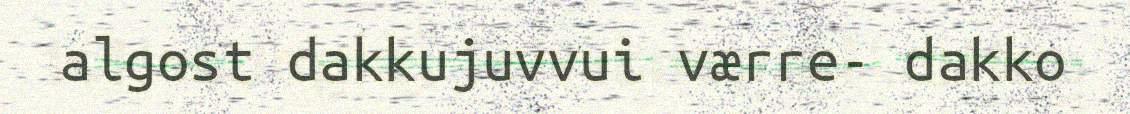
algost dakkujuvvui værre- dakko